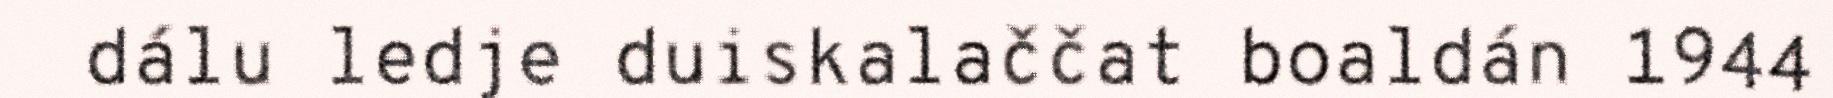
dálu ledje duiskalaččat boaldán 1944